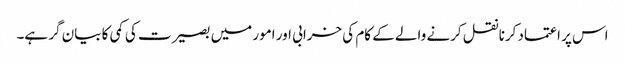
اس پر اعتماد کرنا نقل کرنے والے کے کام کی خرابی اور امور میں بصیرت کی کمی کا بیان گر ہے۔